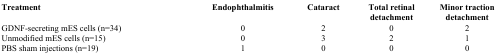
<table><thead><tr><td><b>Treatment</b></td><td><b>Endophthalmitis</b></td><td><b>Cataract</b></td><td><b>Total retinal detachment</b></td><td><b>Minor traction detachment</b></td></tr></thead><tbody><tr><td>GDNF-secreting mES cells (n=34)</td><td>0</td><td>2</td><td>0</td><td>2</td></tr><tr><td>Unmodified mES cells (n=15)</td><td>0</td><td>3</td><td>2</td><td>1</td></tr><tr><td>PBS sham injections (n=19)</td><td>1</td><td>0</td><td>0</td><td>0</td></tr></tbody></table>